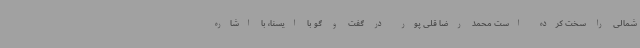
شمالی را سخت کرده است محمد رضا قلی پور در گفت و گو با ایسنا، با اشاره